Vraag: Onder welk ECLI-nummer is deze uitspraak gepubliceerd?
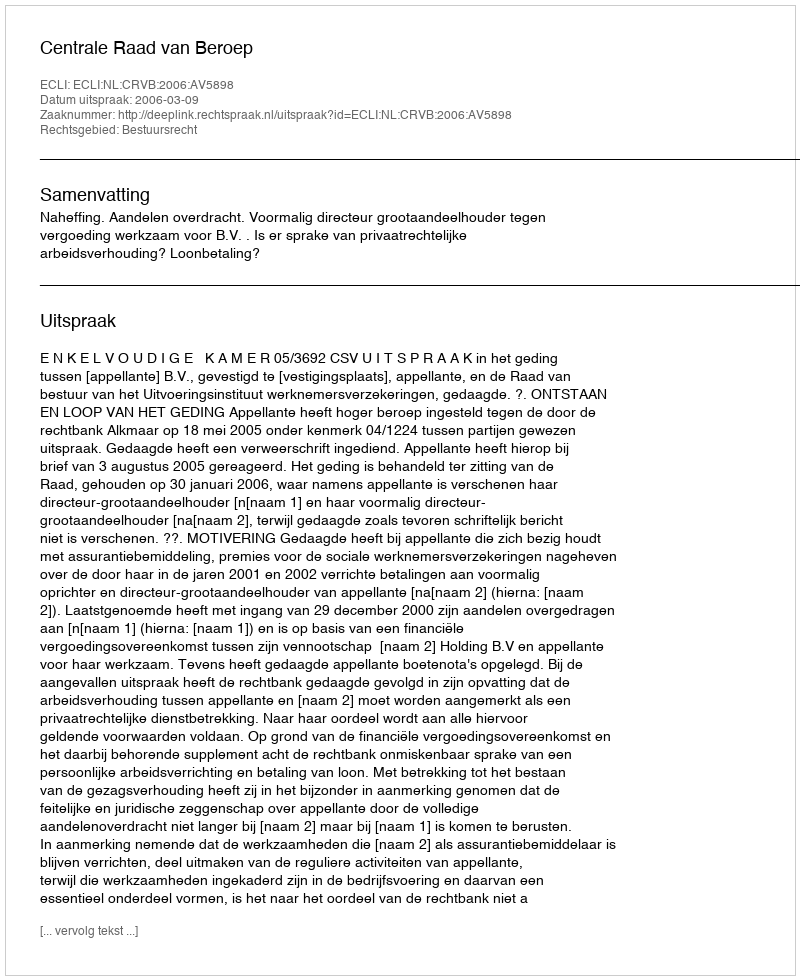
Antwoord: ECLI:NL:CRVB:2006:AV5898